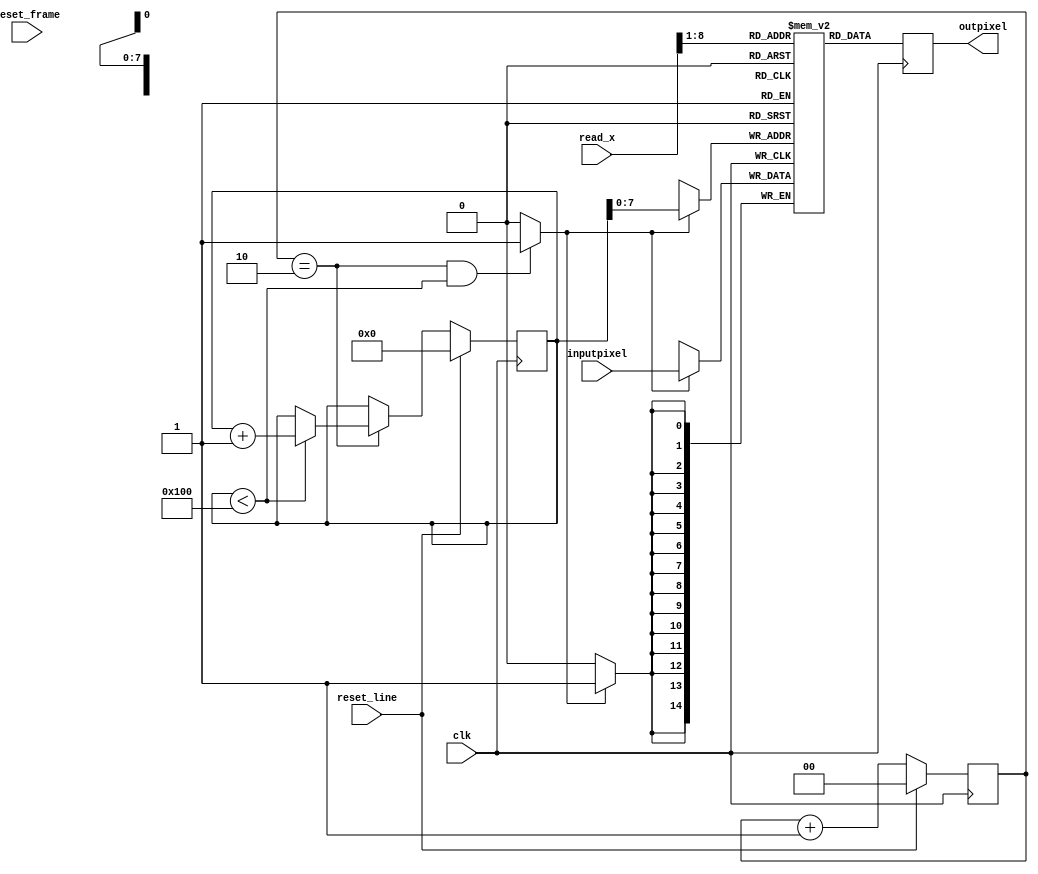
module scan_double(input clk,
            input [14:0] inputpixel,
            input reset_frame,
            input reset_line,
            input [9:0] read_x,
            output reg [14:0] outpixel);
reg [1:0] frac;
reg [14:0] linebuf[0:255];
reg [8:0] write_x;

always @(posedge clk)
begin
  if(reset_line)
  begin
    frac <= 2'b00;
    write_x <= 9'd0;
  end else begin
    frac <= frac + 1;
    if (frac == 2)
      if (write_x < 256)
        write_x <= write_x + 1;
  end
end

wire write_en = ((frac == 2) && (write_x < 256)) ? 1'b1 : 1'b0;

always @(posedge clk)
begin
  outpixel <= linebuf[read_x[8:1]];
  if(write_en)
    linebuf[write_x[7:0]] <= inputpixel;
end



endmodule